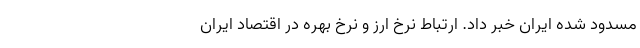
مسدود شده ایران خبر داد. ارتباط نرخ ارز و نرخ بهره در اقتصاد ایران